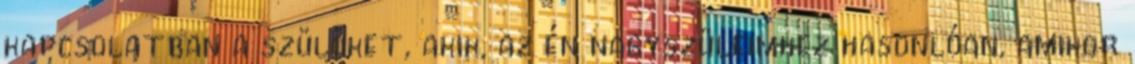
kapcsolatban a szülőket, akik, az én nagyszüleimhez hasonlóan, amikor